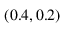
( 0 . 4 , 0 . 2 )